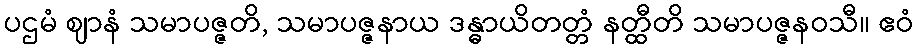
ပဌမံ ဈာနံ သမာပဇ္ဇတိ, သမာပဇ္ဇနာယ ဒန္ဓာယိတတ္တံ နတ္ထီတိ သမာပဇ္ဇနဝသီ။ ဧဝံ